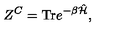
Z ^ { C } = \mathrm { T r } e ^ { - \beta \hat { \cal H } } ,